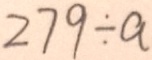
2 7 9 \div a